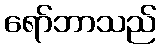
ရော်ဘာသည်